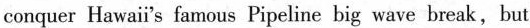
conquer Hawaii's famous Pipeline hig wave break,but